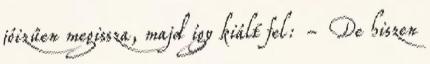
jóizűen megissza, majd így kiált fel: - De hiszen